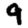
Digit: 9